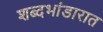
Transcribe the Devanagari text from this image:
शब्दभांडारात